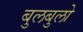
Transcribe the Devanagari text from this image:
बुलबुलो